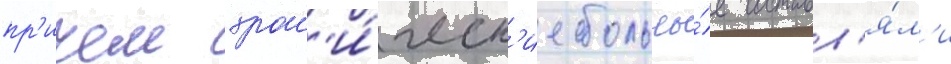
пр'ичем хрон'и́ческ'ие больны́е составл'я́л'и